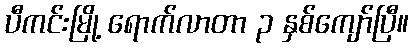
ပီကင်းမြို့ ရောက်လာတာ ၃ နှစ်ကျော်ပြီ။